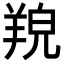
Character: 𦎔